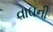
વાઘની